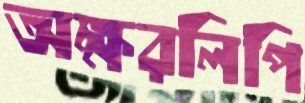
অক্ষরলিপি